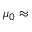
\mu _ { 0 } \approx